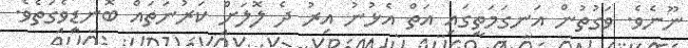
ނޫނެވެ. ވަގުތުން އަނގަމަތީގައި އަތް އެޅުނު އިރު ދެ ލޮލަށް ކަރުނަތައް ބޮނޑިވެގަތެވެ.